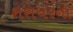
શશધરના